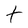
Character: t